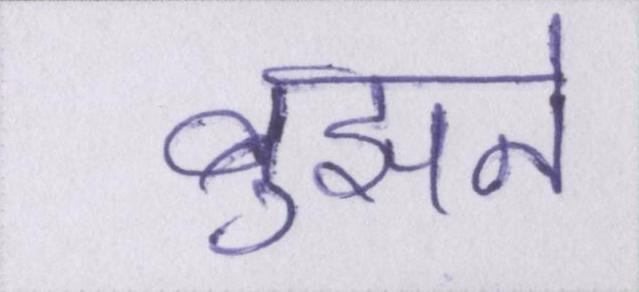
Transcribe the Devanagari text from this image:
बुझने